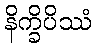
နိက္ခိပိဿံ